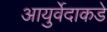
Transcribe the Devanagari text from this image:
आयुर्वेदाकडे